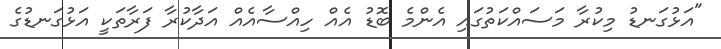
"އަޅުގަނޑު މިކުރާ މަސައްކަތުގައި އެންމެ ބޮޑު އެއް ހިއްސާއެއް އަދާކުރާ ފަރާތަކީ އަޅުގަނޑުގެ